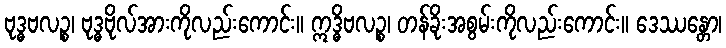
ဗုဒ္ဓဗလဉ္စ၊ ဗုဒ္ဓဗိုလ်အားကိုလည်းကောင်း။ ဣဒ္ဓိဗလဉ္စ၊ တန်ခိုးအစွမ်းကိုလည်းကောင်း။ ဒေဿန္တော၊